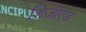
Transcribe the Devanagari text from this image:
शिज़ोएड